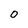
Character: 0